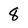
Character: 8